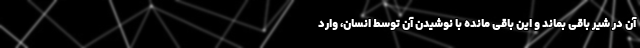
آن در شیر باقی بماند و این باقی مانده با نوشیدن آن توسط انسان، وارد